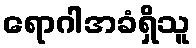
ရောဂါအခံရှိသူ